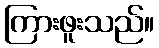
ကြားဖူးသည်။